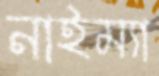
নাইম্যা